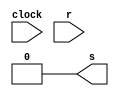
//feito por Murilo Xavier e Gustavo Zanella;

module pisc(
    input clock,
    input r,
    output s
    );
reg sign;
assign s = sign;

always @(clock) begin
    sign <= ~sign;
end

always @(r) begin
    sign <= 0;
end

endmodule

module t_pisc;

wire s;
reg clk, r;

pisc p(clk, r, s);

always #2 begin
    clk <= ~clk;
end

initial begin
    $dumpvars(0, p);
    #2;
    clk <= 1;
    #2;
    r <= 0;
    #5;
    clk <= 1;
    #250;
    $finish;
end

endmodule